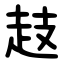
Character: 䞚